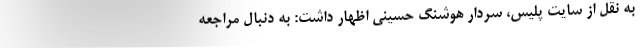
به نقل از سایت پلیس، سردار هوشنگ حسینی اظهار داشت: به دنبال مراجعه